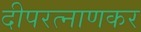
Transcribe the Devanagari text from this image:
दीपरत्नाणकर